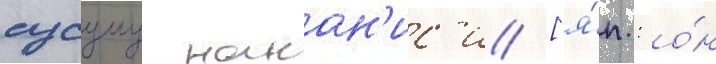
сусуму накан'ис'и [я́п.: о́н